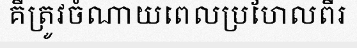
គឺត្រូវចំណាយពេលប្រហែលពីរ